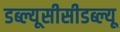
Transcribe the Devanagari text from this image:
डब्ल्यूसीसीडब्ल्यू